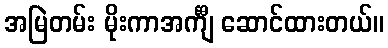
အမြဲတမ်း မိုးကာအင်္ကျီ ဆောင်ထားတယ်။